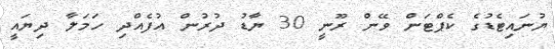
ޔުނައިޓެޑުގެ ކެޕްޓަން ވޭން ރޫނީ 30 ޔާޑު ދުރުން އުފެއްދި ހަމަލާ ދިޔައީ